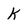
Character: K